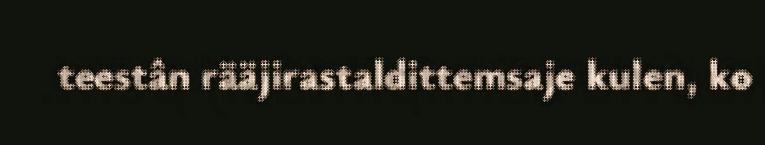
teestân rääjirastaldittemsaje kulen, ko